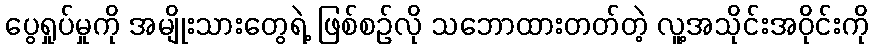
ပွေရှုပ်မှုကို အမျိုးသားတွေရဲ့ ဖြစ်စဉ်လို သဘောထားတတ်တဲ့ လူ့အသိုင်းအဝိုင်းကို